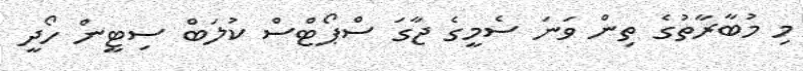
މި މުބާރާތުގެ ތިން ވަނަ ސެމީގެ ޖާގަ ސްޕޯޓްސް ކުލަބް ސިޓީން ހޯދީ